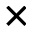
\times